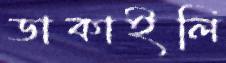
ডাকাইলি